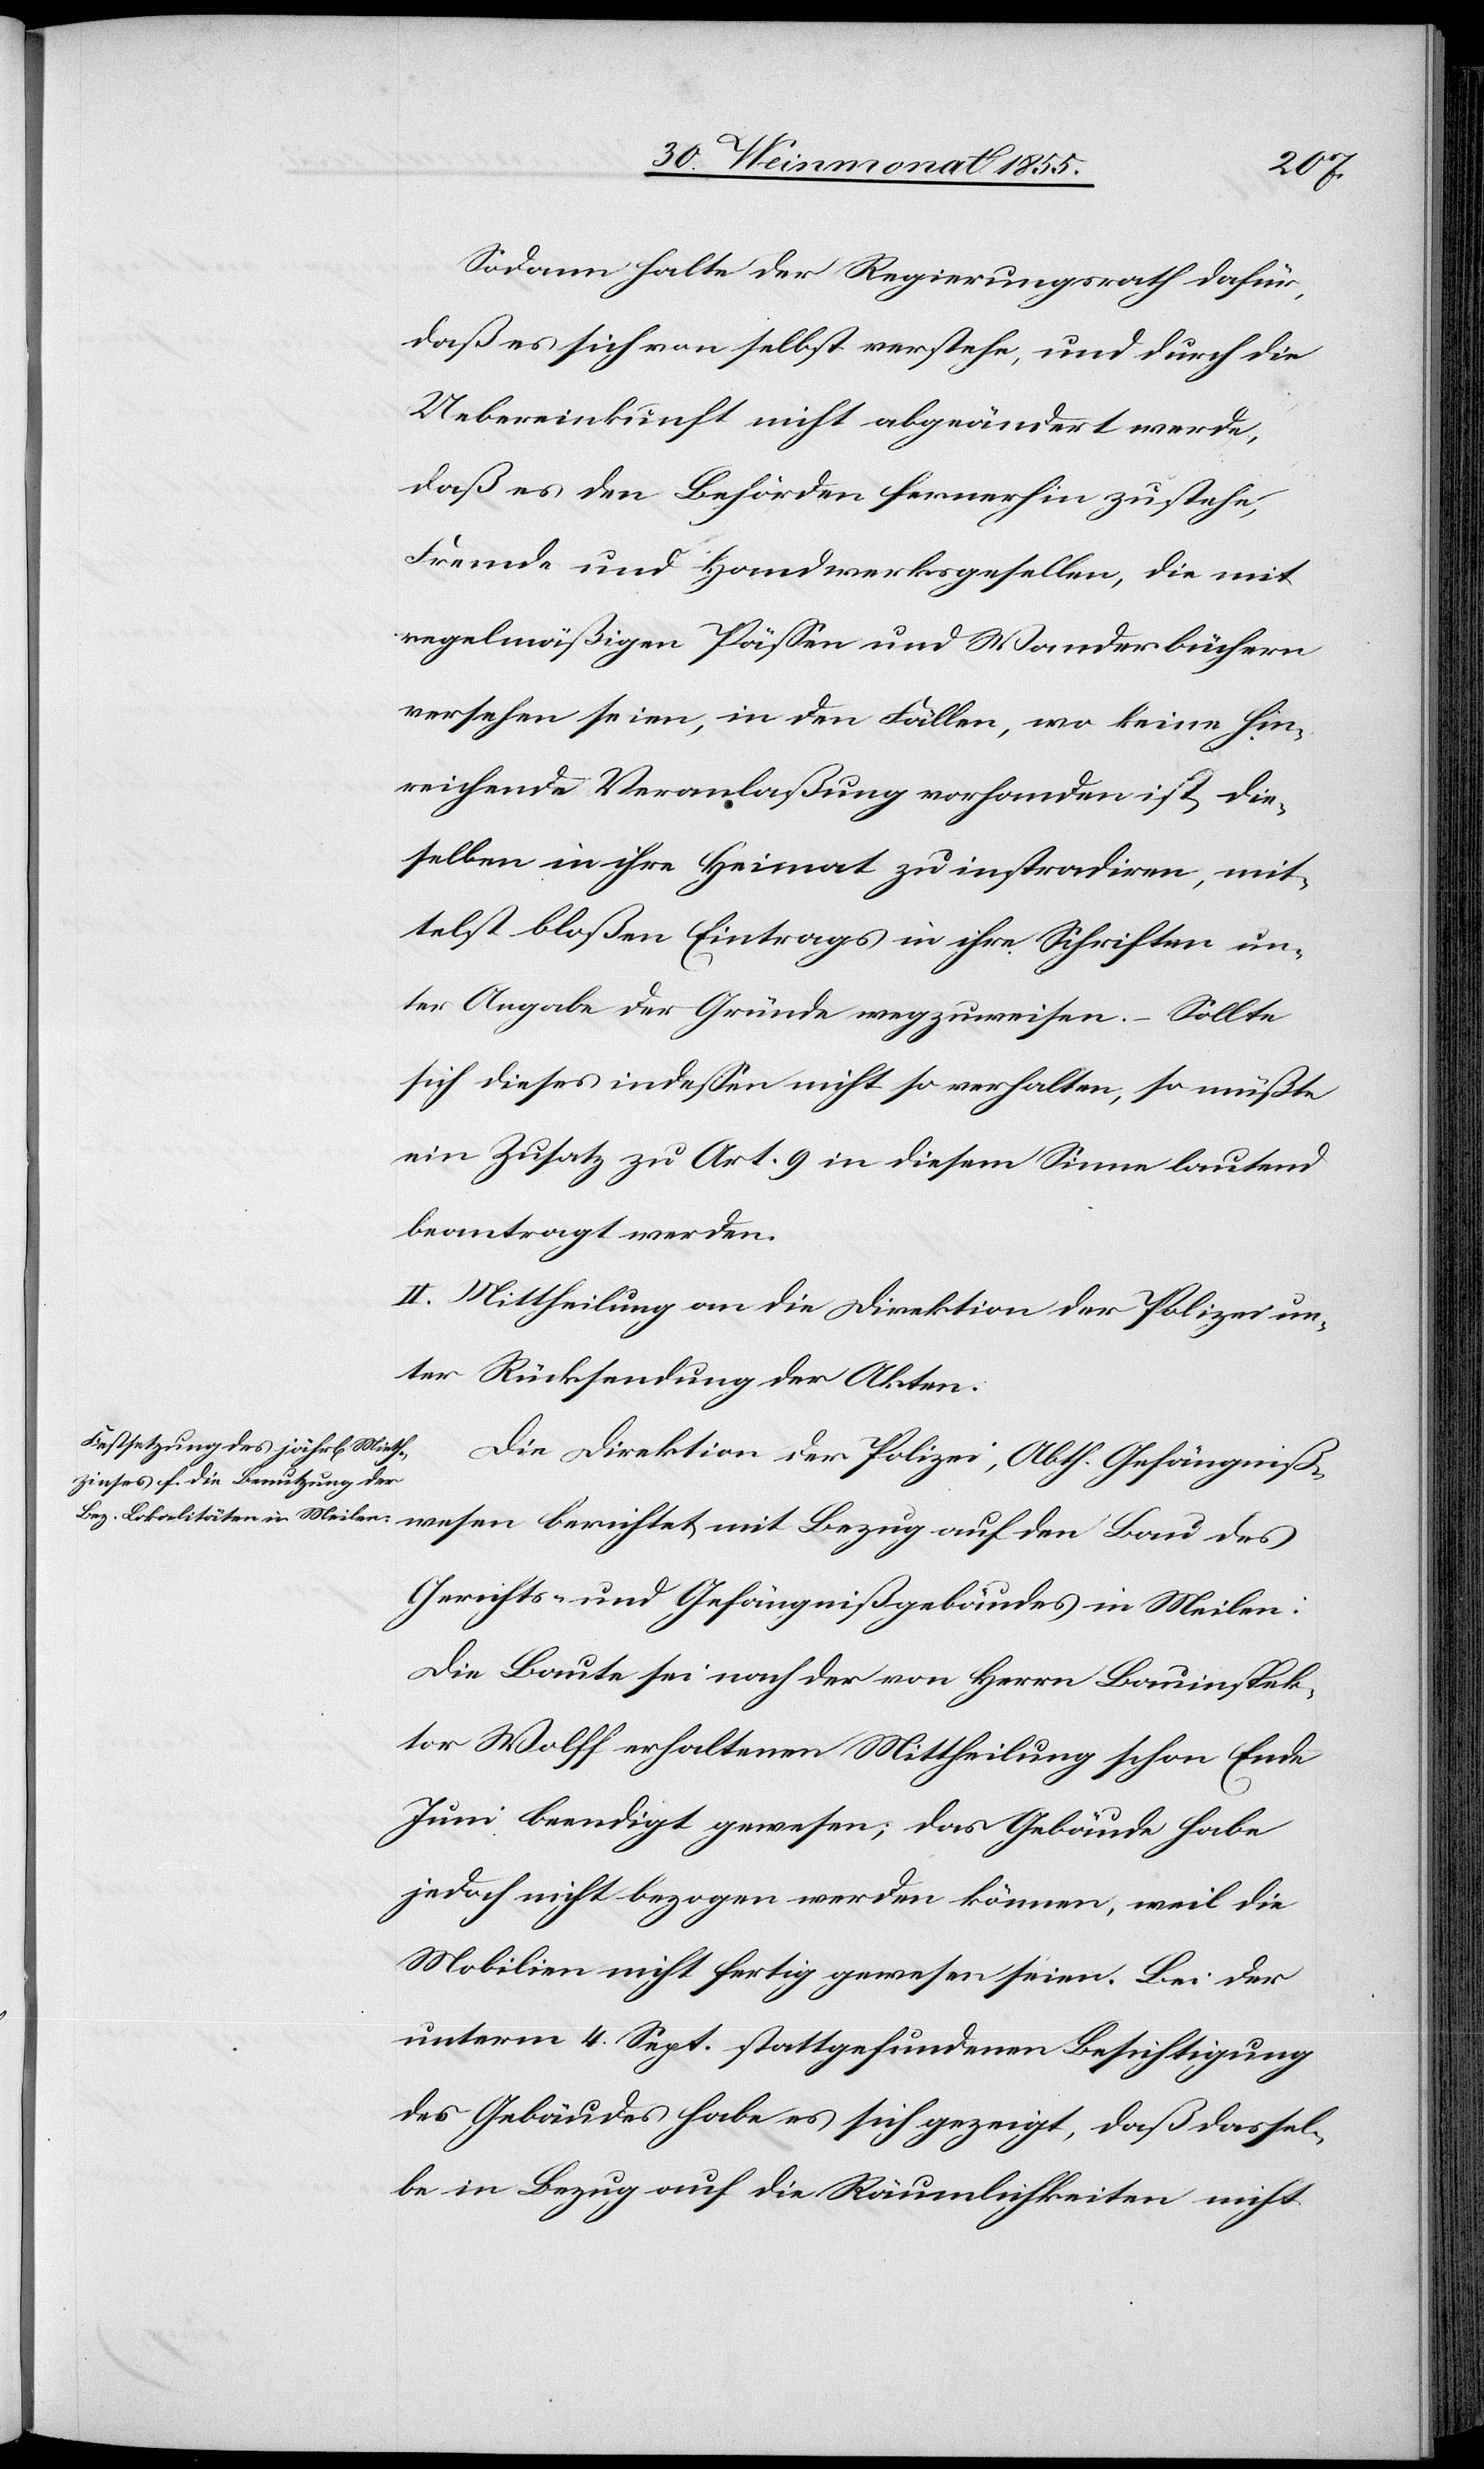
Sodann halte der Regierungsrath dafür,
daß es sich von selbst verstehe, und durch die
Uebereinkunft nicht abgeändert werde,
daß es den Behörden fernerhin zustehe,
Fremde und Handwerksgesellen, die mit
regelmäßigen Pässen und Wanderbüchern
versehen seien, in den Fällen, wo keine hin¬
reichende Veranlaßung vorhanden ist, die¬
selben in ihre Heimat zu instradiren, mit¬
telst bloßen Eintrags in ihre Schriften un¬
ter Angabe der Gründe wegzuweisen. – Sollte
sich dieses indessen nicht so verhalten, so müßte
ein Zusatz zu Art. 9 in diesem Sinne lautend
beantragt werden.
II. Mittheilung an die Direktion der Polizei un¬
ter Rücksendung der Akten.
Die Direktion der Polizei, Abth. Gefängnißwesen
Gerichts- und Gefängnißgebäudes in Meilen:
Die Baute sei nach der von Herrn Bauinspek¬
tor Wolff erhaltenen Mittheilung schon Ende
Juni beendigt gewesen; das Gebäude habe
jedoch nicht bezogen werden können, weil die
Mobilien nicht fertig gewesen seien. Bei der
unterm 4. Sept. stattgefundenen Besichtigung
des Gebäudes habe es sich gezeigt, daß dassel¬
be in Bezug auf die Räumlichkeiten nicht